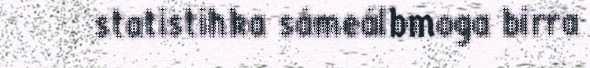
statistihka sámeálbmoga birra